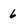
Character: 6